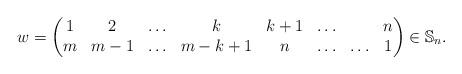
LaTeX: \begin{gather*} w = \begin{pmatrix} 1& 2& \ldots& k& {k+1}& \ldots& &n \\m& {m-1}& \ldots& {m-k+1}& n& \ldots& \ldots& 1 \end{pmatrix} \in\mathbb{S}_n.\end{gather*}